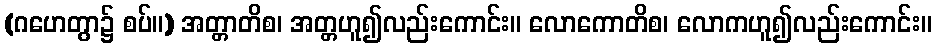
(ဂဟေတွာ၌ စပ်။) အတ္တာတိစ၊ အတ္တဟူ၍လည်းကောင်း။ လောကောတိစ၊ လောကဟူ၍လည်းကောင်း။